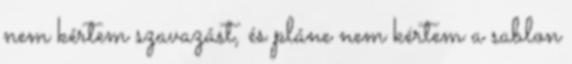
nem kértem szavazást, és pláne nem kértem a sablon